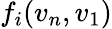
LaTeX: f_{i}(v_{n},v_{1})